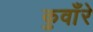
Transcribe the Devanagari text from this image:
कुवाँरे